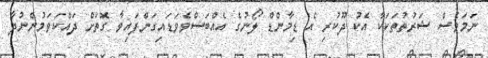
ނަމަވެސް ޝަރުތުތަކަކާ އެކު ދޫކުރި އެ ޑިމާންޑް ލޯނުގެ އެއްބަސްވެވަޑައިގަންފައިވާ ގޮތަށް ދައްކަވަމުންނުދާ